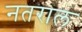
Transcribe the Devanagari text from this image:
नतराल